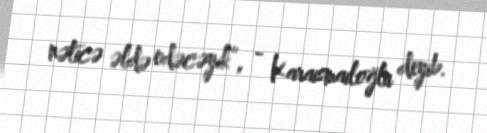
nəticə əldə edəcəyik”, - Karaismailoğlu deyib.